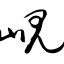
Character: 岘